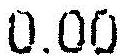
0.00